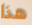
هذا